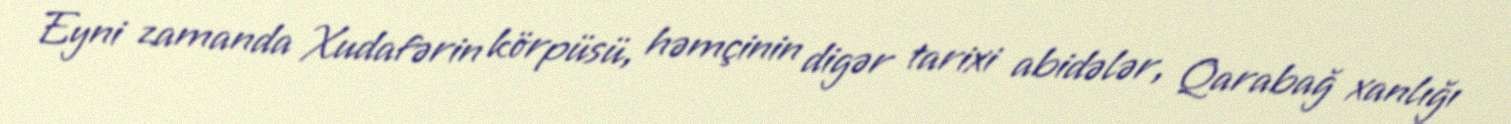
Eyni zamanda Xudafərin körpüsü, həmçinin digər tarixi abidələr, Qarabağ xanlığı